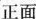
正面